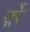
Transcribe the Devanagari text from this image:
ज़र्रे